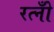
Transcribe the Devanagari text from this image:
रत्नोँ